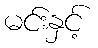
မင်းနှင့်